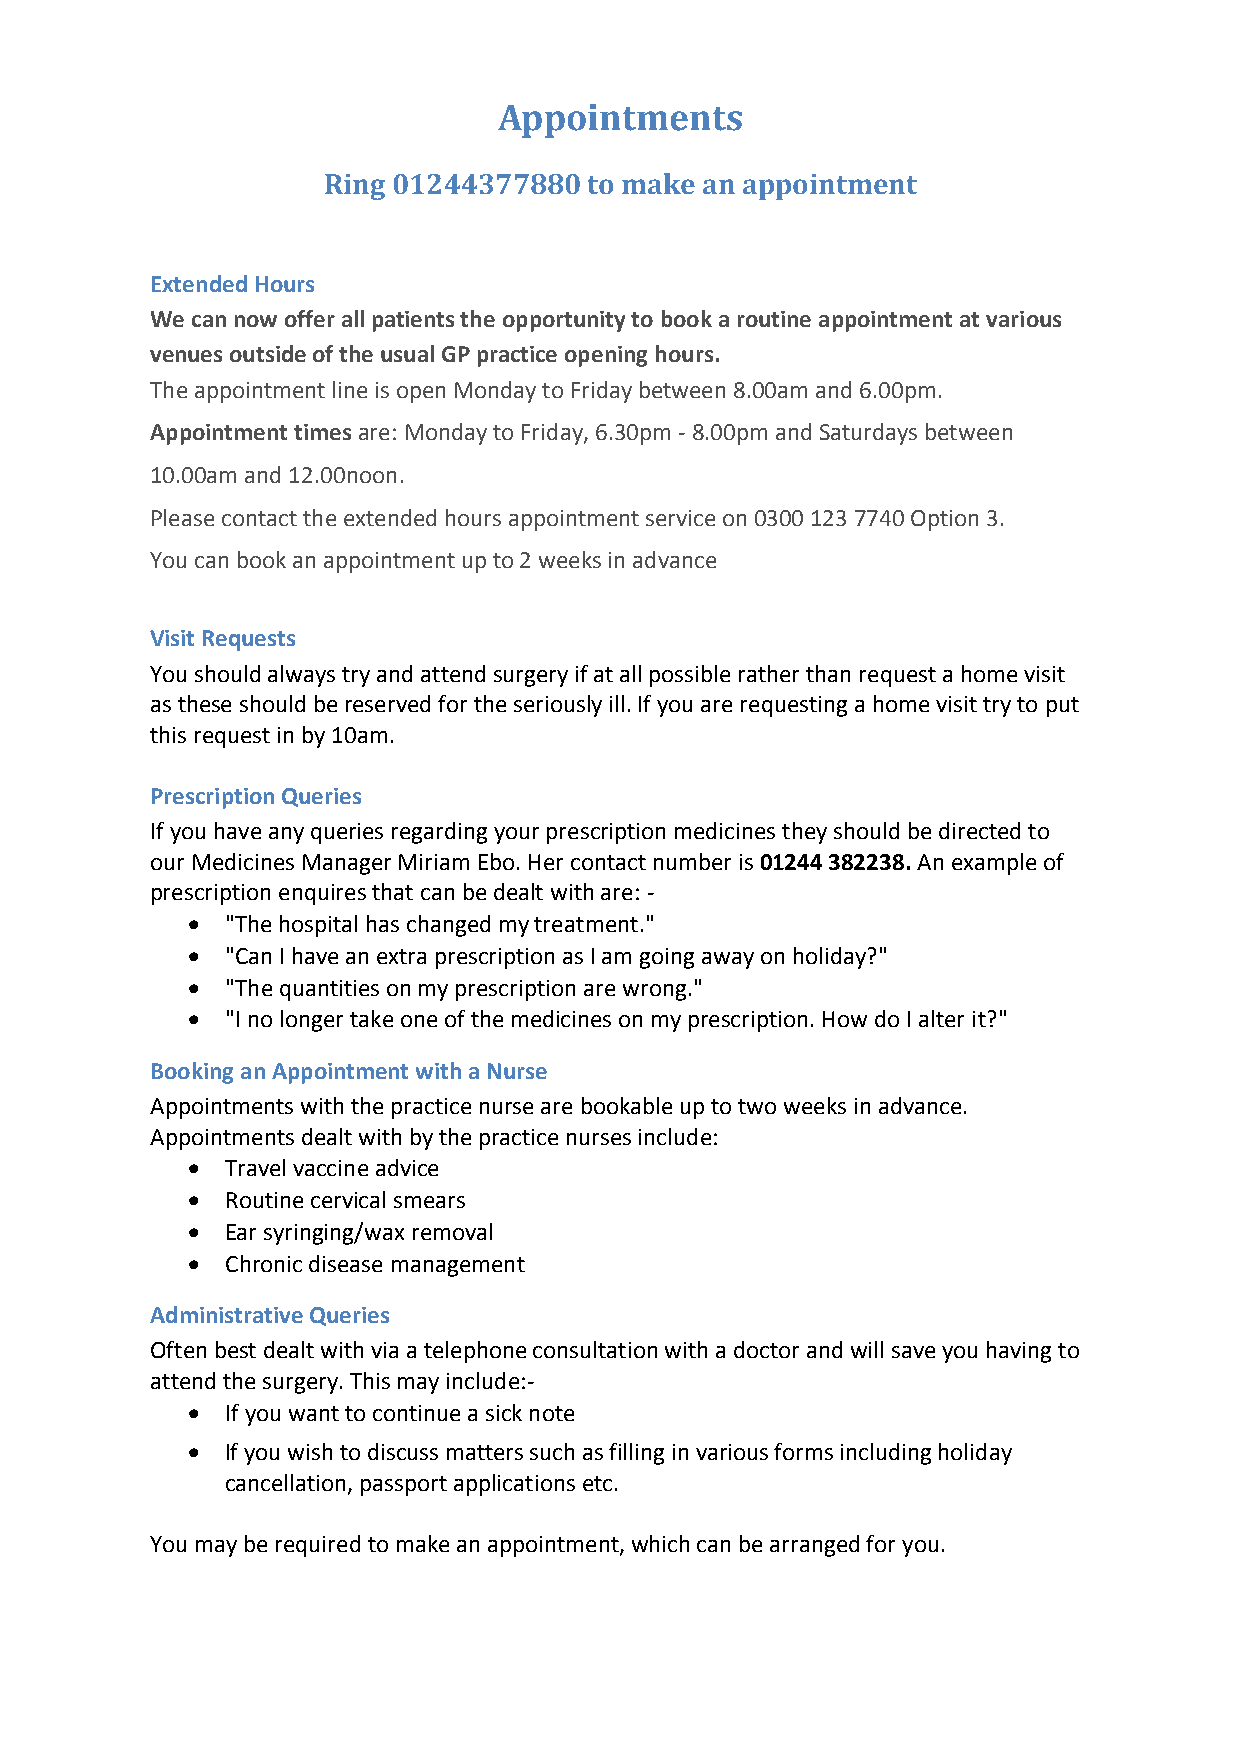
Appointments
 Ring 01244377880  to make an appointment
 Extended Hours
 We can now offer all patients the opportunity to book a routine appointment at various
 venues outside of the usual GP practice opening hours.
 The appointment line is open Monday to Friday between 8.00am and 6.00pm.
 Appointment times are: Monday to Friday, 6.30pm - 8.00pm and Saturdays between
 10.00am and 12.00noon.
 Please contact the extended hours appointment service on 0300 123 7740 Option 3.
 You can book an appointment up to 2 weeks in advance
 Visit Requests
 You should always try and attend surgery if at all possible rather than request a home visit
 as these should be reserved for the seriously ill. If you are requesting a home visit try to put
 this request in by 10am.
 Prescription Queries
 If you have any queries regarding your prescription medicines they should be directed to
 our Medicines Manager Miriam Ebo. Her contact number is 01244 382238. An example of
 prescription enquires that can be dealt with are: -
   "The hospital has changed my treatment."
   "Can I have an extra prescription as I am going away on holiday?"
   "The quantities on my prescription are wrong."
   "I no longer take one of the medicines on my prescription. How do I alter it?"
 Booking an Appointment with a Nurse
 Appointments with the practice nurse are bookable up to two weeks in advance.
 Appointments dealt with by the practice nurses include:
   Travel vaccine advice
   Routine cervical smears
   Ear syringing/wax removal
   Chronic disease management
 Administrative Queries
 Often best dealt with via a telephone consultation with a doctor and will save you having to
 attend the surgery. This may include:-
   If you want to continue a sick note
   If you wish to discuss matters such as filling in various forms including holiday
 cancellation, passport applications etc.
 You may be required to make an appointment, which can be arranged for you.